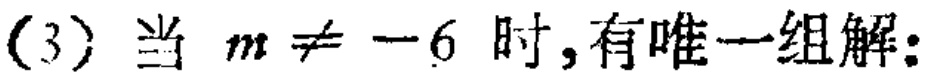
(3) 当 \(m\neq -6\) 时,有唯一组解: